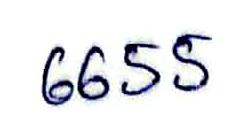
6655